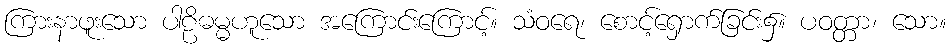
ကြားနာဖူးသော ပါဠိဓမ္မဟူသော အကြောင်းကြောင့်။ သံဝရေ၊ စောင့်ရှောက်ခြင်း၌။ ပဝတ္တာ၊ သော။